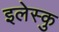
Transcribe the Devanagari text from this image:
इलेस्कु